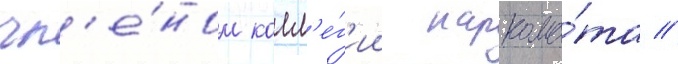
чл'е́ном колл'е́г'ии наркома́та //